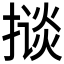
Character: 𱠦